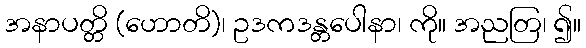
အနာပတ္တိ (ဟောတိ)၊ ဥဒကဒန္တပေါနာ၊ ကို။ အညတြ၊ ၍။